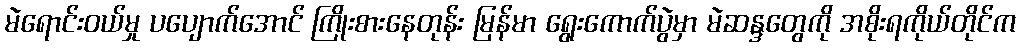
မဲရောင်းဝယ်မှု ပပျောက်အောင် ကြိုးစားနေတုန်း မြန်မာ ရွေးကောက်ပွဲမှာ မဲဆန္ဒတွေကို အစိုးရကိုယ်တိုင်က